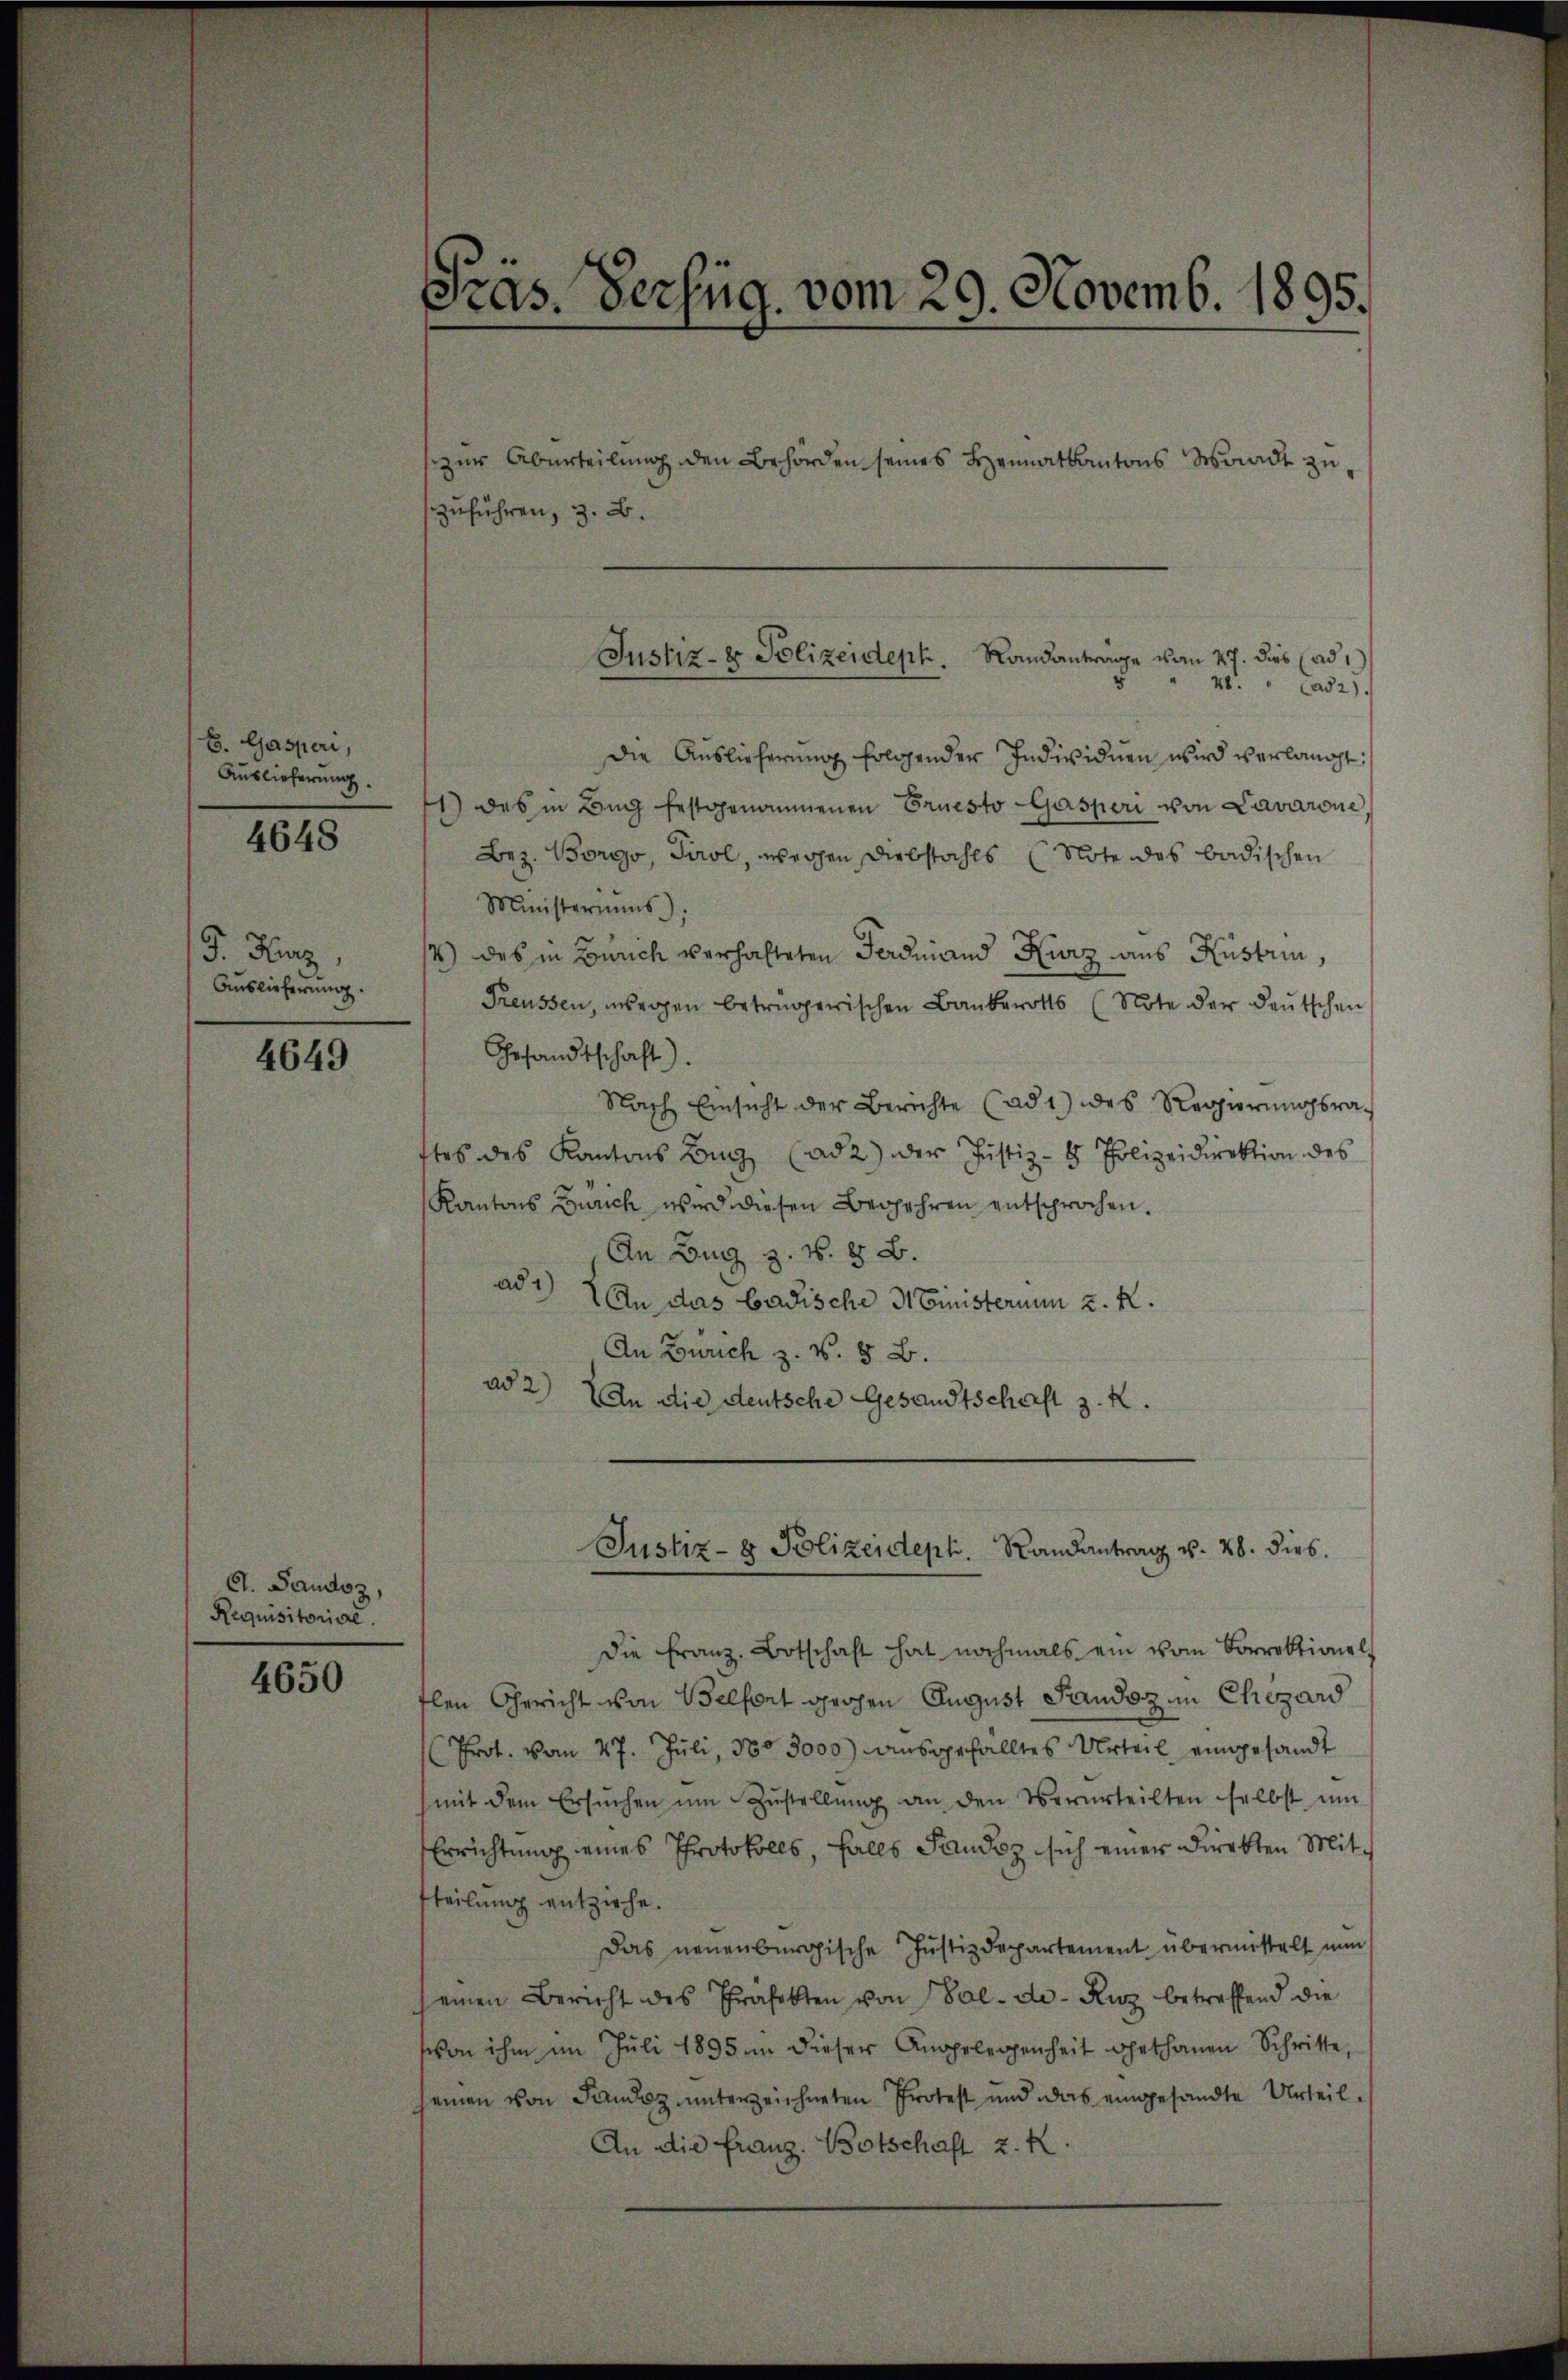
B. Gasperi,
Auslieferung.

4648

F. Hiez
Auslieferung.

4649

G. Sandoz,
Requisitoriere.

4650

Pras. Verfüg, vom 29. Novemb. 1895.

zur Abeurteilung den Behörden seines Heimatkantons Waadt zuzuführen, z. B.
" 48. " Cad2).
die Auslieferŭng folgender Individuen wird verlangt:
1) des in Bŭg festgenommenen Ernesto Gasperi von Lavarone,
Bez. Borgo, Tirol, wegen Diebstahls (Note des badischen
Ministeriums)
4) des in Zürich verhalteten Ferdinand Kurz aus Küstrin,
Preussen, wegen betrügerischen Bauberotts (Note der deutschen
Gesandtschaft).
Nach Einsicht der Berichte (ad 1) des Regierŭngsrat
ftes des Kantons Lang (ad 2) der Justiz- & Polizeidirektion des
Kantons Zürich wird diesen Begehren entsprochen.
An Bug z. B. & B.
ad1) An das badische Ministerium z. R.
An Zürich z. B. § B.
ad 2) An die deutsche Gesandtschaft z. K.
Justiz- & Polizeideph. Randantrag v. 28. dies
Die Franz. Botschaft hat nochmals ein vom Correktional,
flen Gericht von Belfort gegen August Pandoz im Chezard
Prot. vom 27. Jŭli 180 3000 aŭsgefalltes Urteil eingesandt
mit dem Ersuchen ŭm Zŭstellŭng an den Verurteilten selbst ŭm
Errichtung eines Protokolls, falls Sandoz sich einer Direkten Mittteilung entziehe.
Das neuenburgische Justizdepartement übermittelt nun
seinen Bericht des Präfekten von Val-de- Kurz betreffend die
von ihm im Juli 1895 in dieser Angelegenheit gethanen Schritte,
seinen von Landsz unterzeichneten Protest und das eingesandte Urteil-
An die franz. Botschaft z. K.

Justiz- & Polizeideph. Landantrage vom 27. dies (ad 1